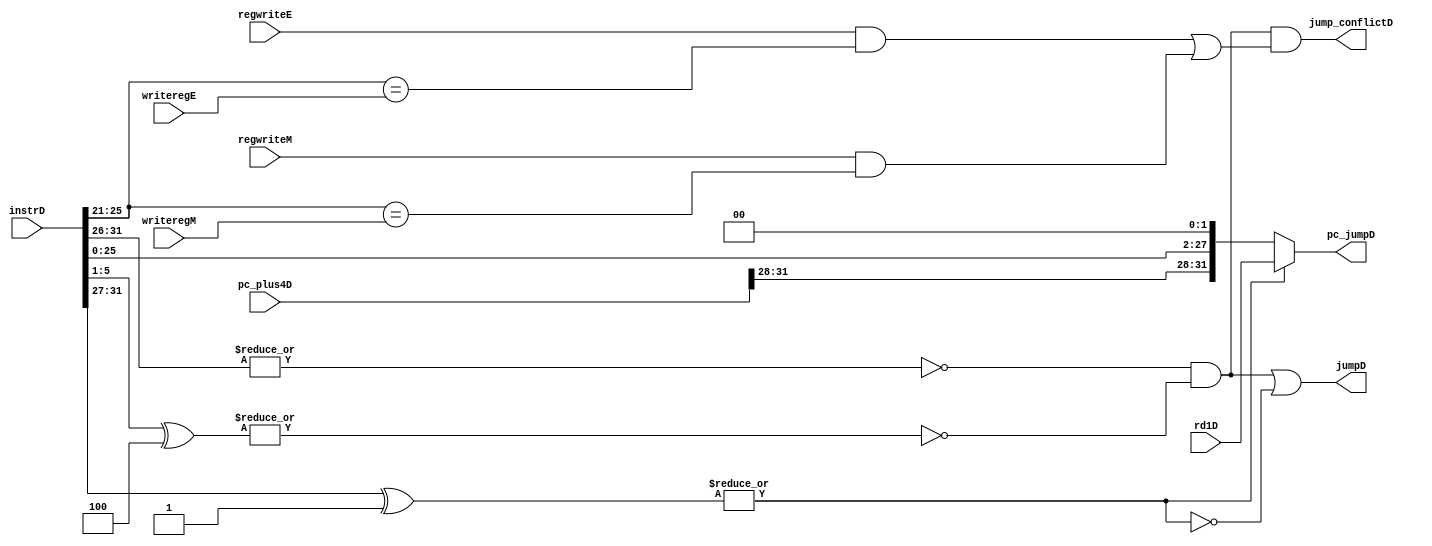
module jump_control (
    input wire [31:0] instrD,
    input wire [31:0] pc_plus4D,
    input wire [31:0] rd1D,
    input wire regwriteE, regwriteM,
    input wire [4:0] writeregE, writeregM,

    output wire jumpD,          
    output wire jump_conflictD, 
    output wire [31:0] pc_jumpD        
);
    wire jr, j;
    wire [4:0] rsD;
    assign rsD = instrD[25:21];
    assign jr = ~(|instrD[31:26]) & ~(|(instrD[5:1] ^ 5'b00100)); //jr, jalr
    assign j = ~(|(instrD[31:27] ^ 5'b00001));                   //j, jal
    assign jumpD = jr | j; //jump

    // jump EMrsDjrrs
    assign jump_conflictD = jr &&
                            ((regwriteE && rsD == writeregE) ||          
                            (regwriteM && rsD == writeregM));
    
    wire [31:0] pc_jump_immD;
    assign pc_jump_immD = {pc_plus4D[31:28], instrD[25:0], 2'b00}; //instr_index2 pc+4

    assign pc_jumpD = j ?  pc_jump_immD : rd1D; //j  jr  
endmodule